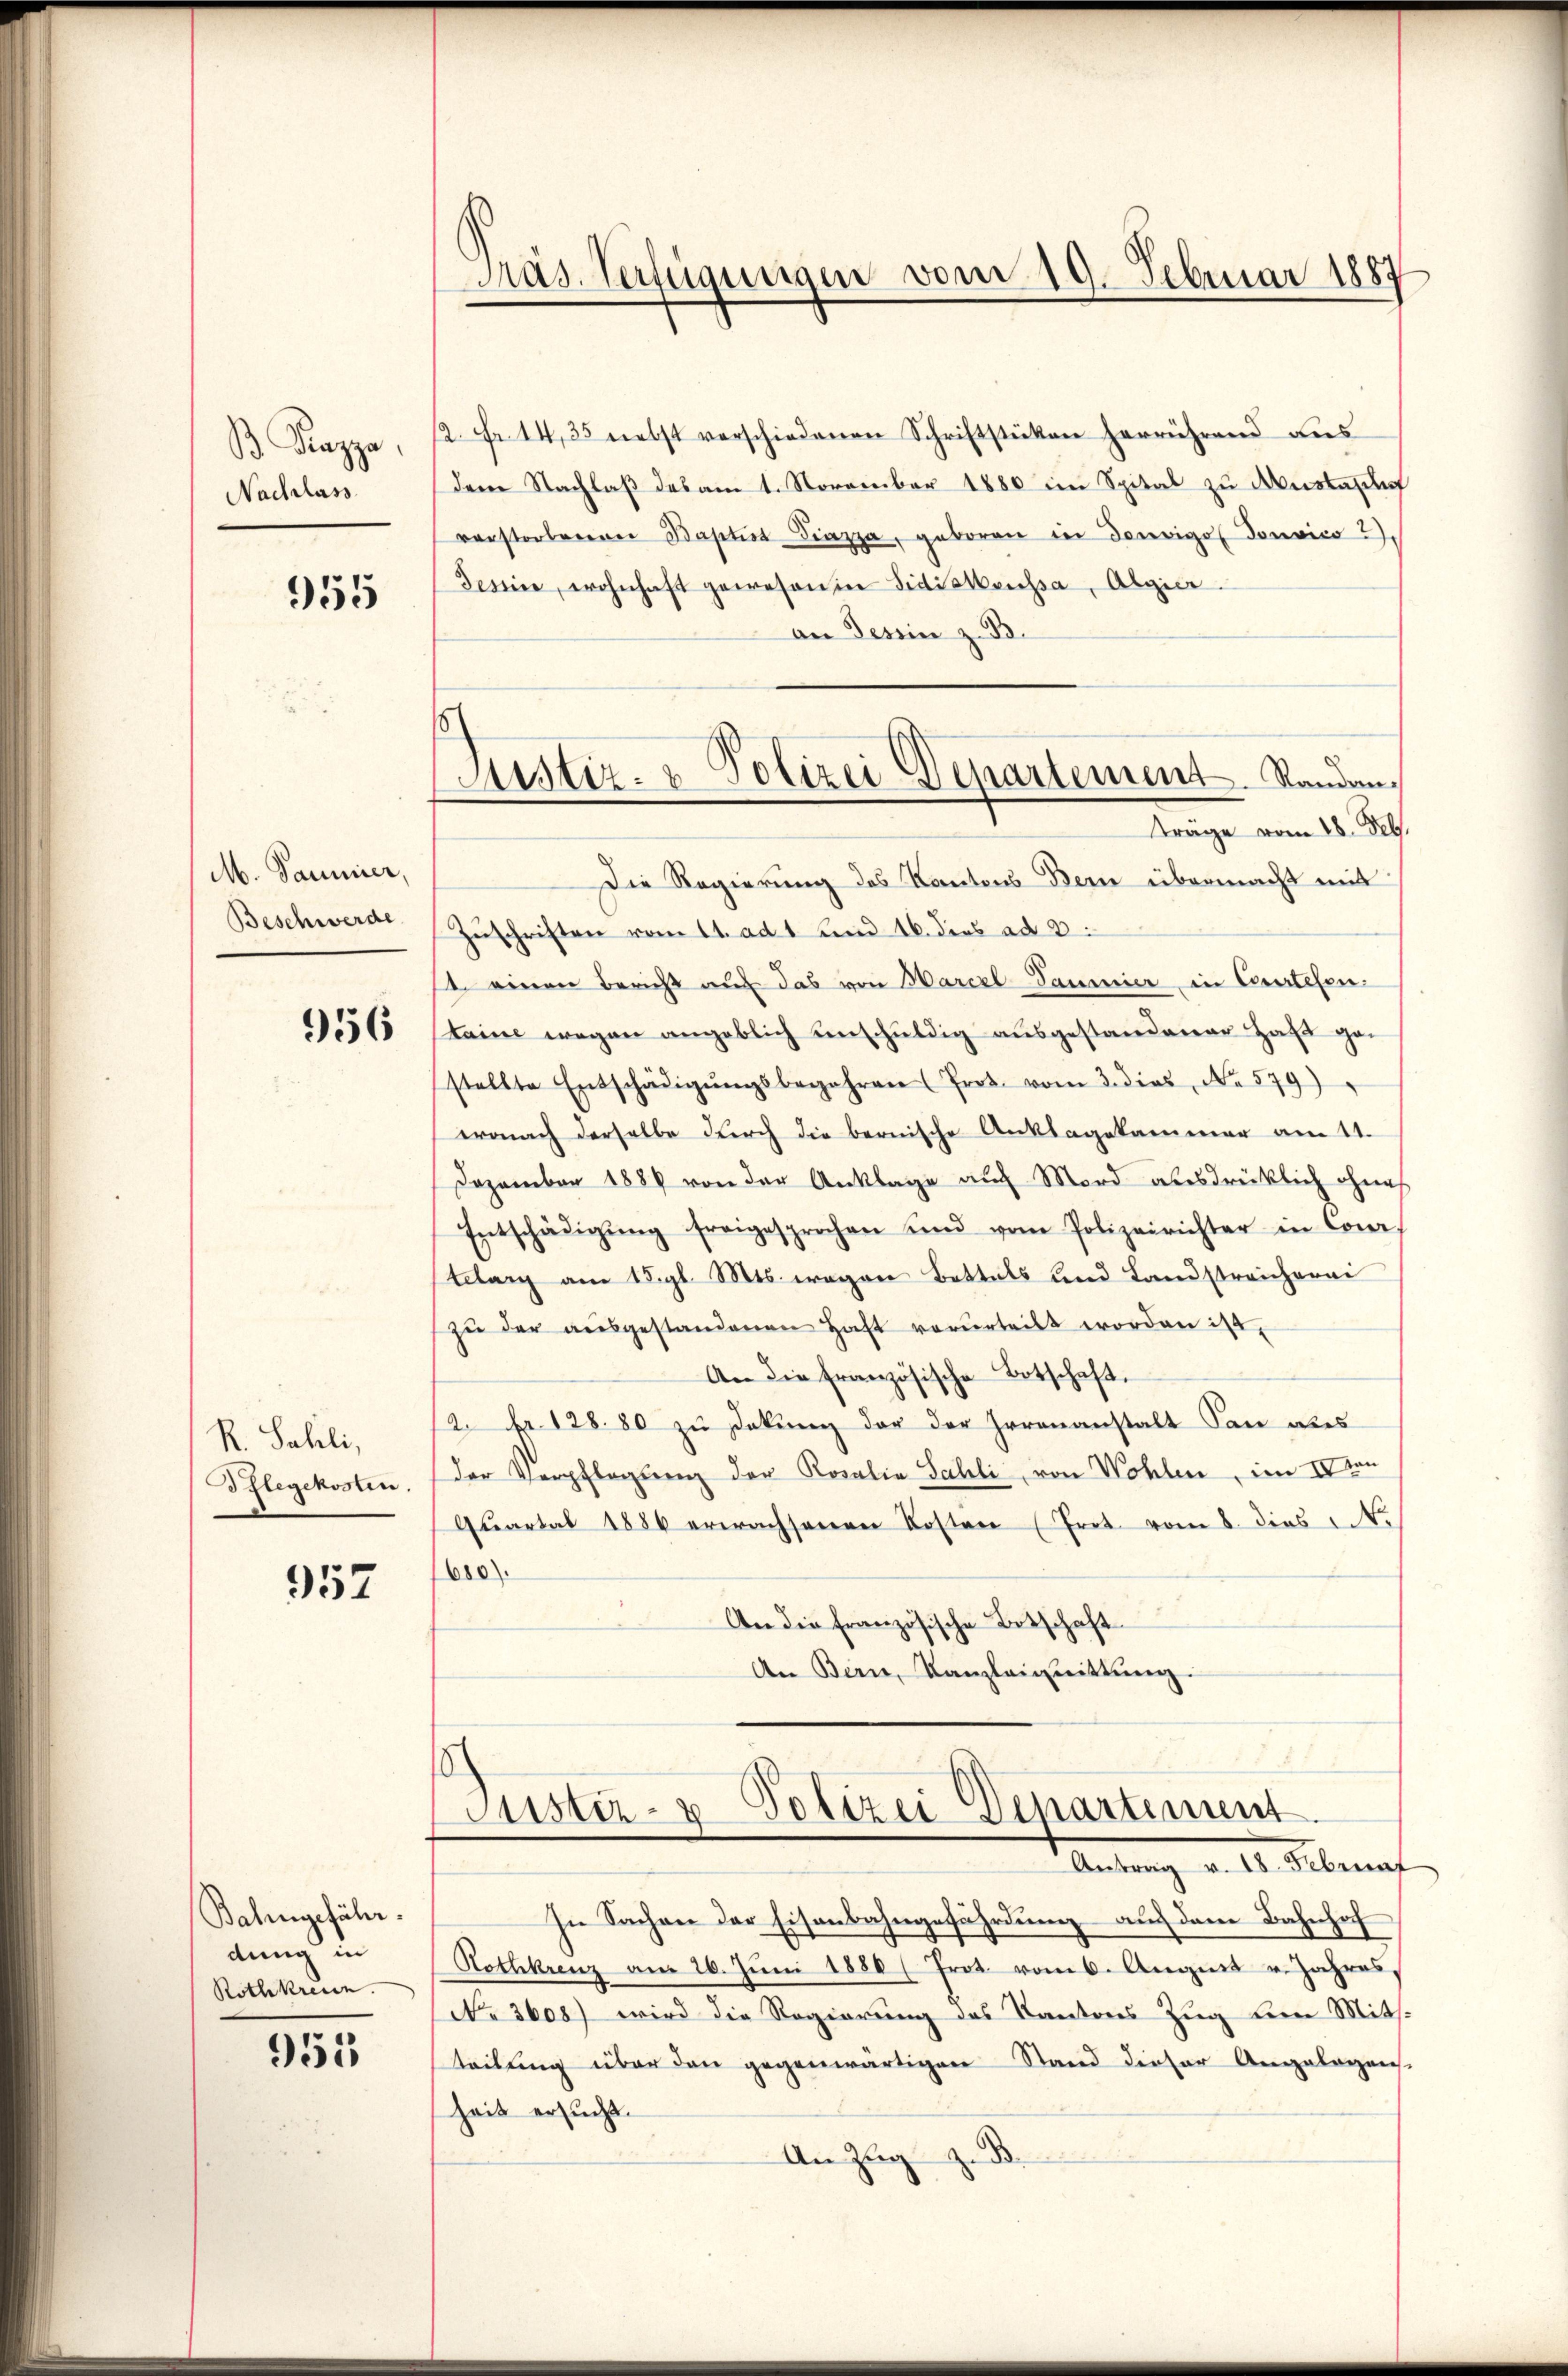
.
Kazza
Nachlass

955

M. Paumier,
Beschwerde.

956

R. Sahli,
Pflegekosten.

957

Bahngefährdung in
Rothkreuen.

955

)

h

Präs. Verfügungen vom 19. Februar 1887

Justiz- & Polizei Departement. Standan¬
Träge vom 18. Feb.

2. Fr. 1435 nebst verschiedenen Schriftstücken herrührend ans
dem Nachlaß des am 1. November 1880 im Spital zu Anstan
verstorbenen Baptist Piazza, geboren in douvigo Tonvico 2).
Tessine, wohnhaft gewesen in Sidistenssa, Algier
an Tessin z. B.
Die Regierung des Kantons Bern übermacht mit
Zuschriften vom 11. ad 1. Land 16. dies ad 3.
1 einen Bericht auf das von Marcel Daumier in Courtefentaine wegen angeblich unschuldig ausgestandener Haft gestellte Entschädigŭngsbegehren (Prot. vom 3. dies No 579)
eroach derselbe durch die bernische Anklagekammer am 11.
Dezember 1888 von der Anklage auch Mord ausdrücklich ohnes
Entschädigŭng freigesprochen und vom Polizeirichter in Cons
telang am 15. gl. Mts. wegen Bettels und Landstreicherei
zŭ der aŭsgestandenen Haft verurteilt worden ist
An die französische Botschaft.
2 Nr. 128. 80 zu Dokung der der Irrenanstalt San aber
der Verpflegung der Rosalia Sahli, von Wohlen, im IVton
Quartal 1886 erwachsenen Kosten (Trat vom 8. dies N.
680).
An die französische Botschaft
An Bern, Kanzleigeittŭng

u
ustiz- & Polizei-Departement
Antrag v. 18. Februa

In Sachen der Eisenbahngefährdung auf dem Bahnhof
Rothkreuz am 26. Jŭni 1880 ( Frot vom 6. August v. Jahres,
No 3608) wird die Regierung des Kantons Zug von Mitsteilŭng über den gegenwärtigen Stand dieser Angelegens-
heit ersucht.
.
An Zug